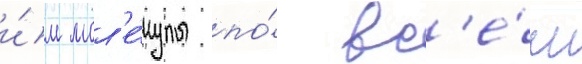
и́м мол'е́кулы по́ вс'е́м